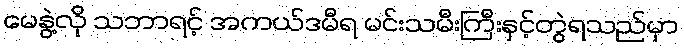
မေနွဲ့လို သဘာရင့် အကယ်ဒမီရ မင်းသမီးကြီးနှင့်တွဲရသည်မှာ